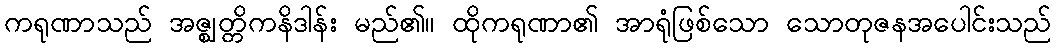
ကရုဏာသည် အဇ္ဈတ္တိကနိဒါန်း မည်၏။ ထိုကရုဏာ၏ အာရုံဖြစ်သော သောတုဇနအပေါင်းသည်